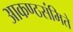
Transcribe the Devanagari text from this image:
आकण्ठसंमिते